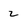
Character: 2